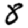
Digit: 8